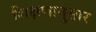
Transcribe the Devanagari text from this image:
शिक्षणानुसार